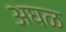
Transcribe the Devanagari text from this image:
अघळ